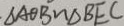
\Delta A \theta B \sim \Delta B E C